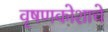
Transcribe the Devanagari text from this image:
वृषणकोशाचे